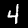
Label: 4